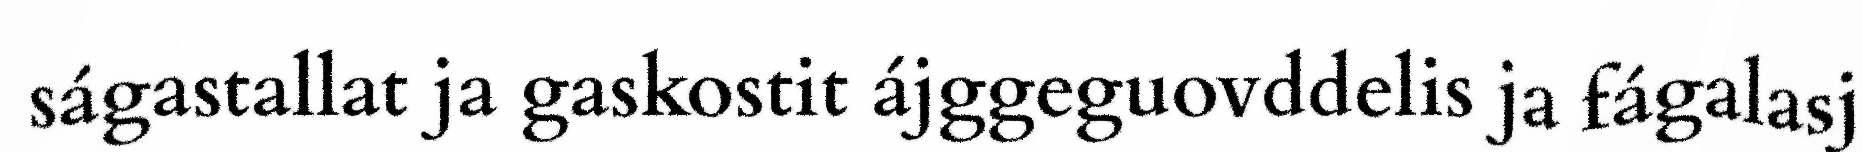
ságastallat ja gaskostit ájggeguovddelis ja fágalasj